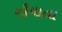
ગૌમાતા